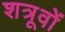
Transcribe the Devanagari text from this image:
शत्रूवों